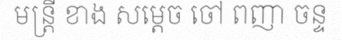
មន្ត្រី ខាង សម្តេច ចៅ ពញា ចន្ទ